Annual report of the Civil Veterinary Department, Bengal, for the year 1897-98 - 1897-1898
Year: 1897
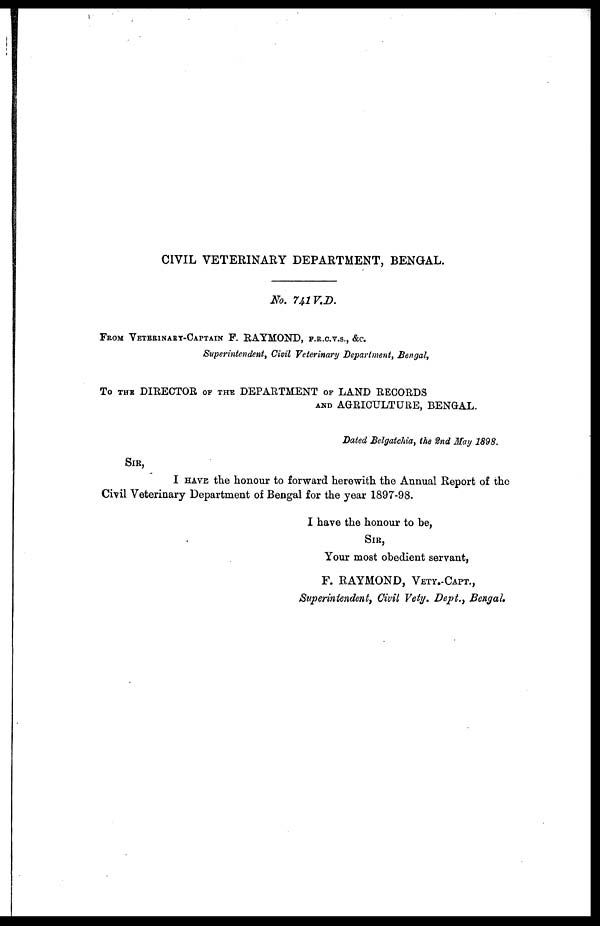
CIVIL VETERINARY DEPARTMENT, BENGAL.
No. 741 V.D.
FROM VETERINARY-CAPTAIN F. RAYMOND, F. R. C. V. S. , &C.
Superintendent, Civil Veterinary Department, Bengal,
To THE DIRECTOR OF THE DEPARTMENT OF LAND RECORDS
AND AGRICULTURE, BENGAL.
Dated Belgatchia, the 2nd May 1898.
Sir,
I HAVE the honour to forward herewith the Annual Report of the
Civil Veterinary Department of Bengal for the year 1897-98.
I have the honour to be,
Sir,
Your most obedient servant,
F. RAYMOND, VETY.-CAPT.,
Superintendent, Civil Vety. Dept., Bengal.